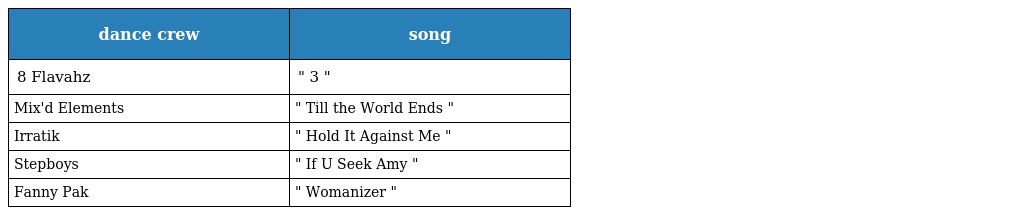
| dance crew | song |
 | --- | --- |
 | 8 Flavahz | " 3 " |
 | Mix'd Elements | " Till the World Ends " |
 | Irratik | " Hold It Against Me " |
 | Stepboys | " If U Seek Amy " |
 | Fanny Pak | " Womanizer " |